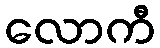
လောကီ